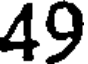
49